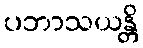
ပဘာသယန္တိ